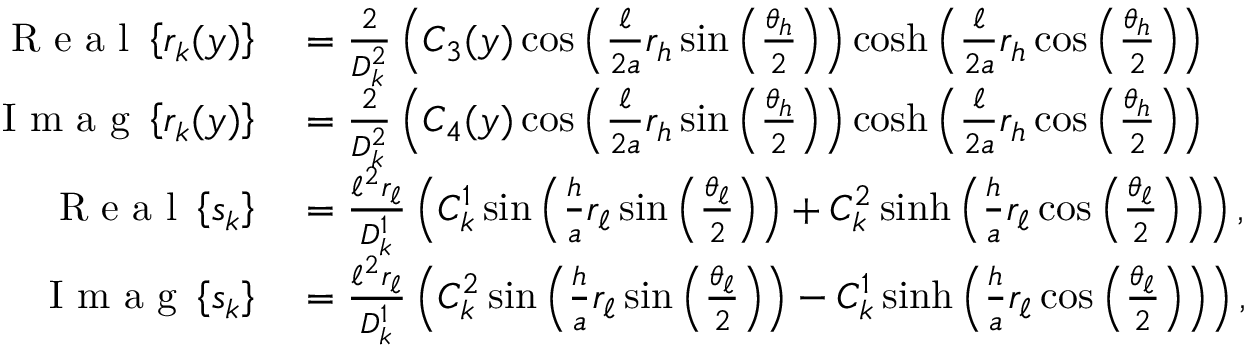
\begin{array} { r l } { \mathrm { ~ R ~ e ~ a ~ l ~ } \left\{ r _ { k } ( y ) \right\} } & { { } = \frac { 2 } { D _ { k } ^ { 2 } } \left( C _ { 3 } ( y ) \cos \left( \frac { \ell } { 2 a } r _ { h } \sin \left( \frac { \theta _ { h } } { 2 } \right) \right) \cosh \left( \frac { \ell } { 2 a } r _ { h } \cos \left( \frac { \theta _ { h } } { 2 } \right) \right) \right. } \\ { \mathrm { ~ I ~ m ~ a ~ g ~ } \left\{ r _ { k } ( y ) \right\} } & { { } = \frac { 2 } { D _ { k } ^ { 2 } } \left( C _ { 4 } ( y ) \cos \left( \frac { \ell } { 2 a } r _ { h } \sin \left( \frac { \theta _ { h } } { 2 } \right) \right) \cosh \left( \frac { \ell } { 2 a } r _ { h } \cos \left( \frac { \theta _ { h } } { 2 } \right) \right) \right. } \\ { \mathrm { ~ R ~ e ~ a ~ l ~ } \left\{ s _ { k } \right\} } & { { } = \frac { \ell ^ { 2 } r _ { \ell } } { D _ { k } ^ { 1 } } \left( C _ { k } ^ { 1 } \sin \left( \frac { h } { a } r _ { \ell } \sin \left( \frac { \theta _ { \ell } } { 2 } \right) \right) + C _ { k } ^ { 2 } \sinh \left( \frac { h } { a } r _ { \ell } \cos \left( \frac { \theta _ { \ell } } { 2 } \right) \right) \right) , } \\ { \mathrm { ~ I ~ m ~ a ~ g ~ } \left\{ s _ { k } \right\} } & { { } = \frac { \ell ^ { 2 } r _ { \ell } } { D _ { k } ^ { 1 } } \left( C _ { k } ^ { 2 } \sin \left( \frac { h } { a } r _ { \ell } \sin \left( \frac { \theta _ { \ell } } { 2 } \right) \right) - C _ { k } ^ { 1 } \sinh \left( \frac { h } { a } r _ { \ell } \cos \left( \frac { \theta _ { \ell } } { 2 } \right) \right) \right) , } \end{array}